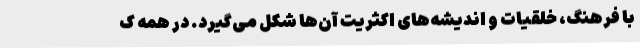
با فرهنگ، خُلقیات و اندیشه‌های اکثریت آن‌ها شکل می‌گیرد. در همه ک